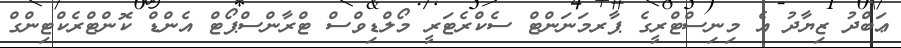
ޢަބްދު ޒިޔާދު އެ މިނިސްޓްރީގެ ޕާރމަނަންޓް ސެކްރެޓަރީ މޯލްޑިވްސް ޓްރާންސްޕޯޓް އެންޑް ކޮންޓްރެކްޓިންގް